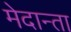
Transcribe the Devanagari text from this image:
मेदान्ता